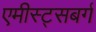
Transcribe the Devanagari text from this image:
एमीस्ट्सबर्ग